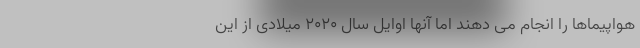
هواپیماها را انجام می دهند اما آنها اوایل سال ۲۰۲۰ میلادی از این